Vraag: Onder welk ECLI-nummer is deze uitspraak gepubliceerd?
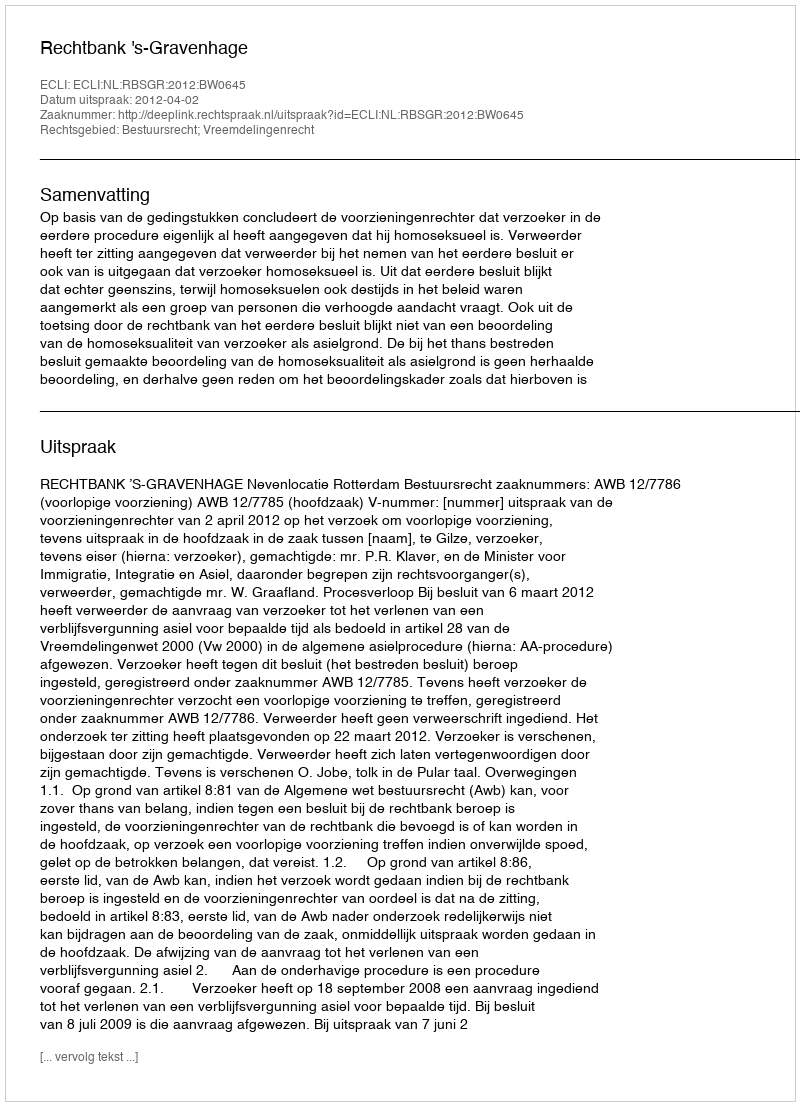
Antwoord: ECLI:NL:RBSGR:2012:BW0645